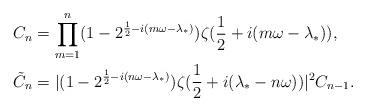
LaTeX: \begin{align*}C_{n} & = \prod_{m=1}^{n} (1- 2^{\frac{1}{2} -i(m\omega-\lambda_{*})}) \zeta (\frac{1}{2}+i(m\omega-\lambda_{*})),\\\tilde{C}_{n} & = |(1-2^{\frac{1}{2}-i(n\omega -\lambda_{*})}) \zeta(\frac{1}{2}+i(\lambda_{*}-n\omega))|^{2} C_{n-1}.\end{align*}